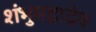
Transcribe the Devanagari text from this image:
शंभुमहादेव